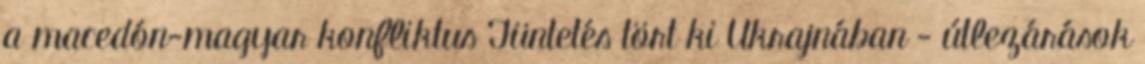
a macedón-magyar konfliktus Tüntetés tört ki Ukrajnában - útlezárások